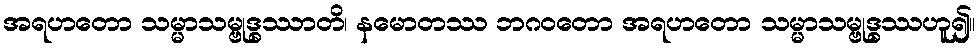
အရဟတော သမ္မာသမ္ဗုဒ္ဓဿာတိ၊ နမောတဿ ဘဂဝတော အရဟတော သမ္မာသမ္ဗုဒ္ဓဿဟူ၍။